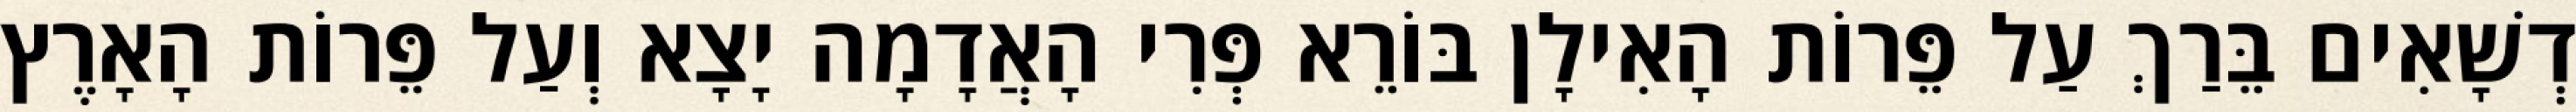
דְשָׁאִים בֵּרַךְ עַל פֵּרוֹת הָאִילָן בּוֹרֵא פְּרִי הָאֲדָמָה יָצָא וְעַל פֵּרוֹת הָאָרֶץ